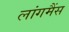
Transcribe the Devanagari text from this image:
लांगमैंस